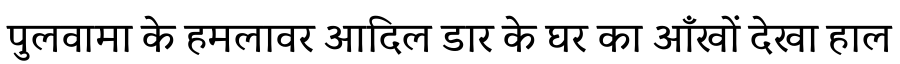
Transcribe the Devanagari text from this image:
पुलवामा के हमलावर आदिल डार के घर का आँखों देखा हाल